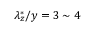
\lambda _ { z } ^ { * } / y = 3 \sim 4